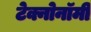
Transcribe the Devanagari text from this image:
टेक्नोनॉमी